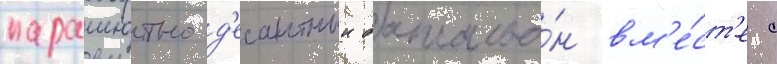
парашютно-д'есантныи батальо́н вм'е́ст'е с